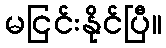
မငြင်းနိုင်ပြီ။